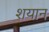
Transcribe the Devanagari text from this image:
शयान